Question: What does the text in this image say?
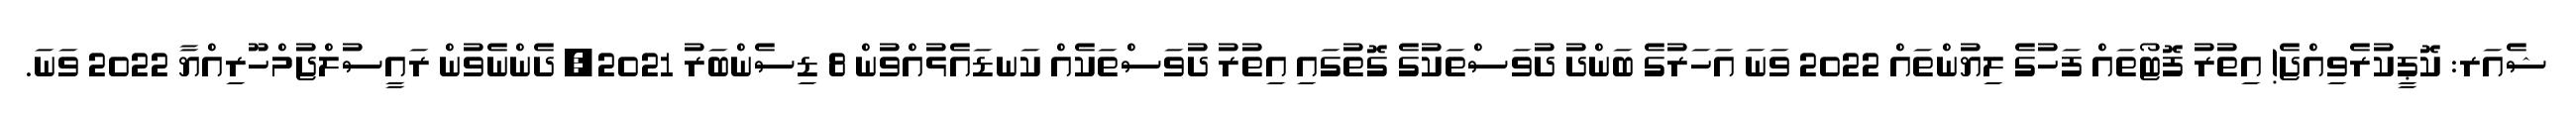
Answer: ޝެއަރ: ކޮޕީކުރެވިއްޖެ! އިތުރު ފޮޓޯތައް ފަހުގެ ލިޔުންތައް 2022 ވަނަ އަހަރުގެ ބަންދު ދުވަސްތަކުގެ ގޮތުގައި އިތުރު ދުވަސްތަކެއް ކަނޑައެޅުއްވުން 8 ޑިސެންބަރު 2021, ދެންނެވުން ރައީސުލްޖުމްހޫރިއްޔާ 2022 ވަނަ.